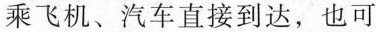
乘飞机、汽车直接到达，也可